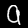
Label: 9